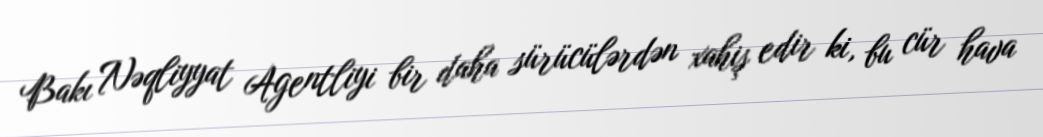
Bakı Nəqliyyat Agentliyi bir daha sürücülərdən xahiş edir ki, bu cür hava